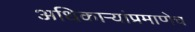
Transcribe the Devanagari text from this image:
अधिकाऱ्यांप्रमाणेच